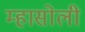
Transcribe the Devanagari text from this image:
म्हासोली